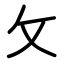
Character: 攵